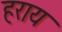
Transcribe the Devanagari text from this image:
हराय